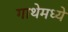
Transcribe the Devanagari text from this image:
गाथेमध्ये